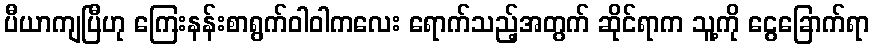
ပီယာကျပြီဟု ကြေးနန်းစာရွက်ဝါဝါကလေး ရောက်သည့်အတွက် ဆိုင်ရာက သူ့ကို ငွေခြောက်ရာ